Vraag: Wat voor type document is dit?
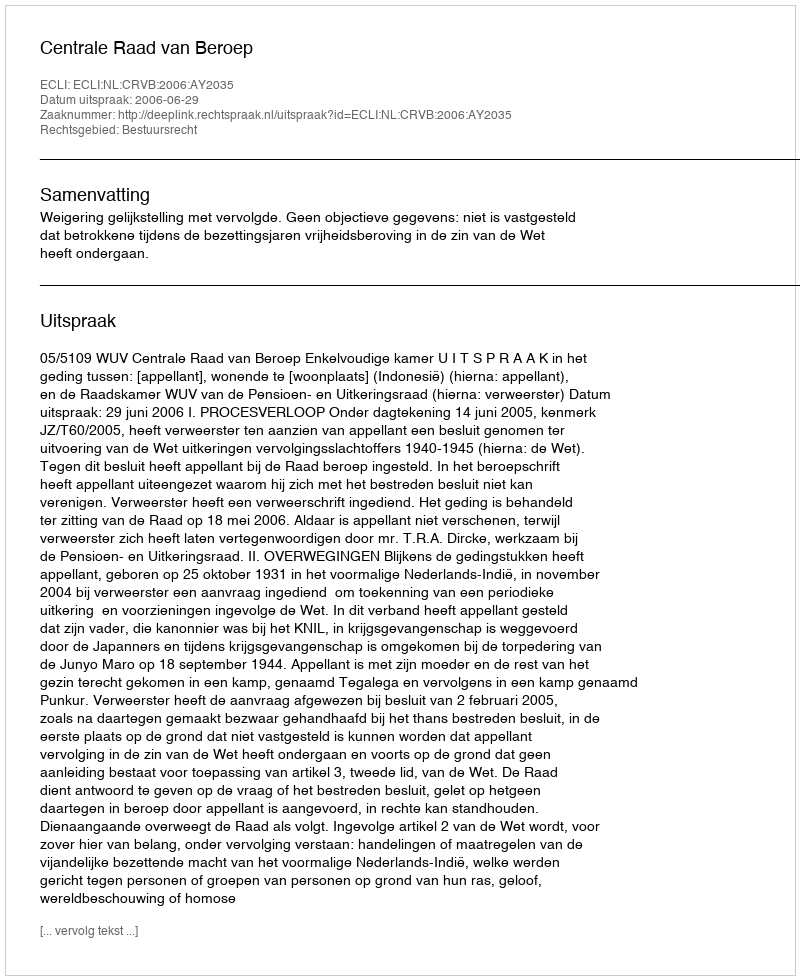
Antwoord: Uitspraak